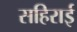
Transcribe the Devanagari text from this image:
सहिराई